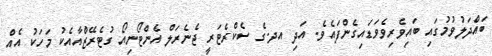
ބައްދަލުވުމުގައި ބައިވެރިވެވަޑައިގެންފައެވެ. އަދި އދ.ގެ ސެކްރެޓަރީ ޖެނެރަލް އެންޓޯނިއޯ ގުޓެރޭޒްއާއެކު މަހަކު އެއް